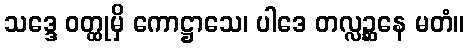
သဒ္ဒေ ဝတ္ထုမှိ ကောဋ္ဌာသေ၊ ပါဒေ တလ္လဉ္ဆနေ မတံ။